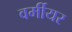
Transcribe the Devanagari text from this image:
वर्मीयर